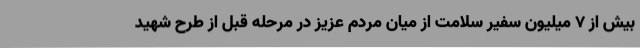
بیش از 7 میلیون سفیر سلامت از میان مردم عزیز در مرحله قبل از طرح شهید